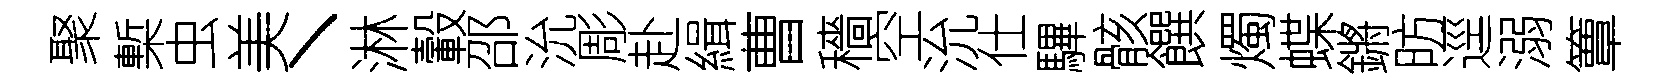
聚槧虫美丶淋轂邵沇彫赴緝曹穡空沇仕驆骸饌燭蝶鏘昉逕溺簟